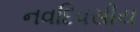
નવદિવસીય